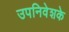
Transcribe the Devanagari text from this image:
उपनिवेशके